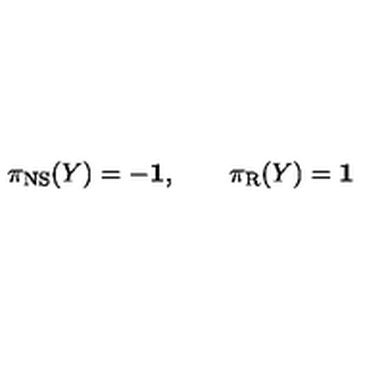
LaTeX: \pi _ { \mathrm { N S } } ( Y ) = - { \bf 1 } , \qquad \pi _ { \mathrm { R } } ( Y ) = { \bf 1 }